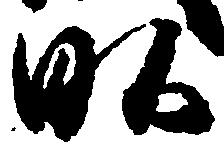
畝